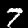
Digit: 7